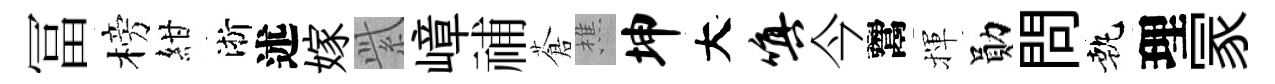
冨榜紺淅述嫁𬗋嶂𥙷蒼樵坤大嗔今鬻揮勛問執理冡